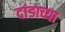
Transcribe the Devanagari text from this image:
दांडाच्या